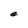
Character: e